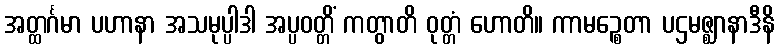
အတ္ထင်္ဂမာ ပဟာနာ အသမုပ္ပါဒါ အပ္ပဝတ္တိံ ကတွာတိ ဝုတ္တံ ဟောတိ။ ကာမဉ္စေတာ ပဌမဇ္ဈာနာဒီနိ